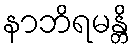
နာဘိရမန္တိ